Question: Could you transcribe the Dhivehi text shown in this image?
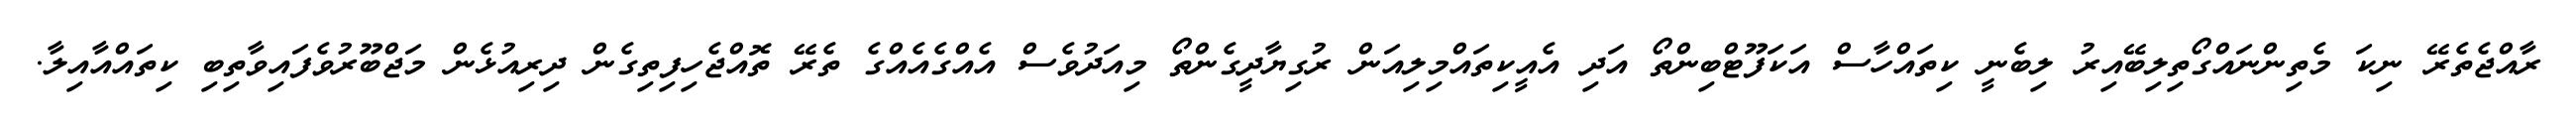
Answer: ރާއްޖެތެރޭ ނިކަ މެތިންނައްގޯތިލިބޭއިރު ލިބެނީ ކިތައްހާސް އަކަފޫޓްބިންތޯ އަދި އެއީކިތައްމިލިއަން ރުގިޔާދީގެންތޯ މިއަދުވެސް އެއްގެއެއްގެ ތެރޭ ތޮއްޖެހިފިތިގެން ދިރިއުޅެން މަޖްބޫރުވެފައިވާތިބި ކިތައްއާއިލާ.